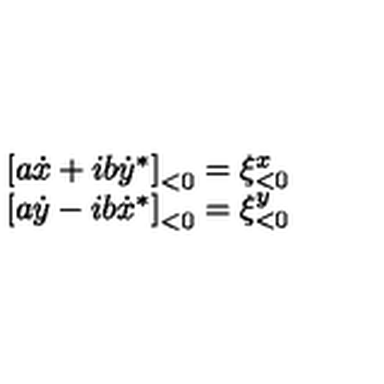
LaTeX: \begin{array} { c } { { [ } a \dot { x } + i b \dot { y } ^ { * } { ] } _ { < 0 } = \xi _ { < 0 } ^ { x } } \\ { { [ } a \dot { y } - i b \dot { x } ^ { * } { ] } _ { < 0 } = \xi _ { < 0 } ^ { y } } \\ \end{array}